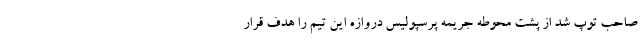
صاحب توپ شد از پشت محوطه جریمه پرسپولیس دروازه این تیم را هدف قرار